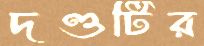
দণ্ডটির